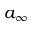
a _ { \infty }